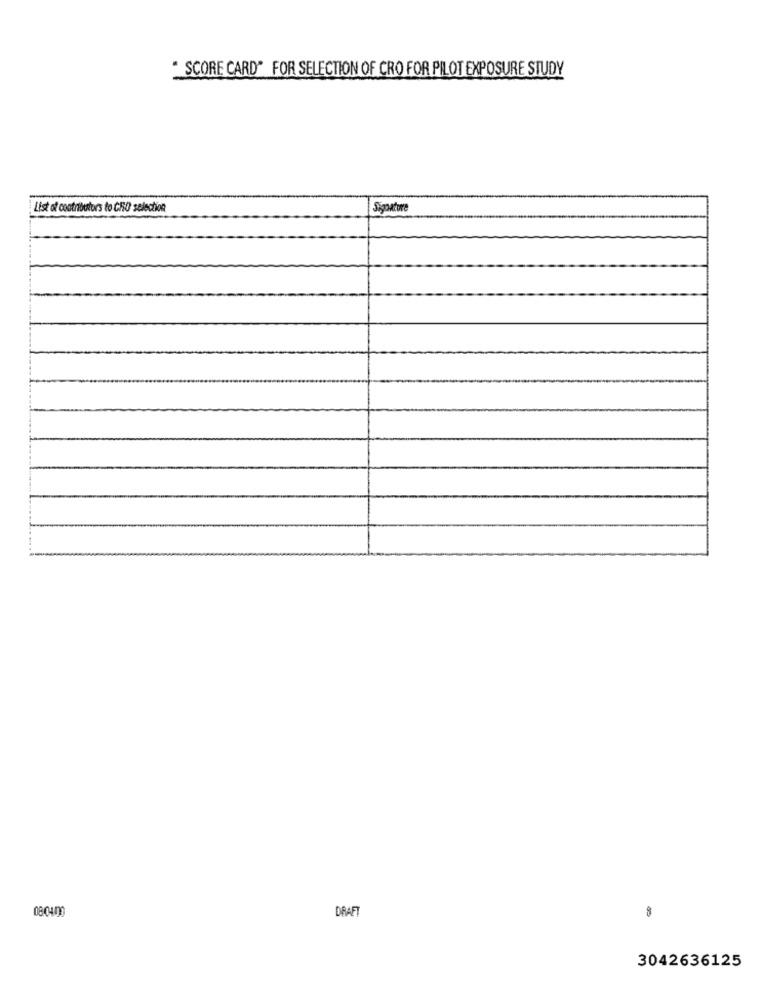
. SCORE CARD" FOR SELECTION OF CRO FOR PILOT EXPOSURE STUDY
List of contributors to CRO selection
Signature
08:0400
DRAF
8
3042636125